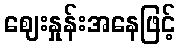
ဈေးနှုန်းအနေဖြင့်